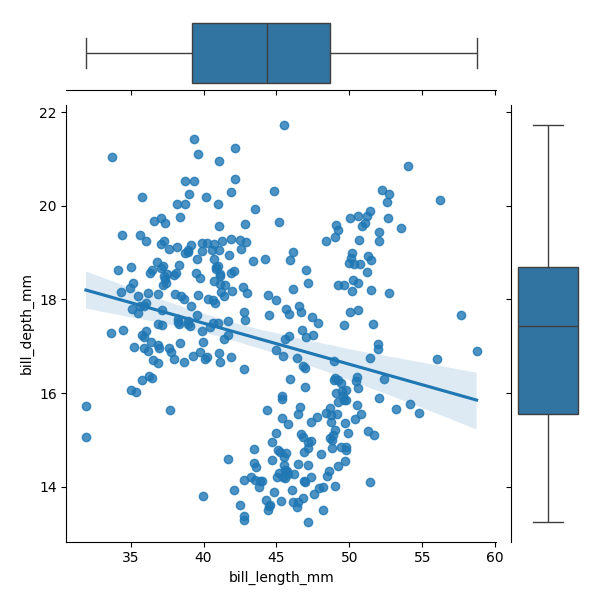
python, seaborn, JointGrid, regplot, boxplot